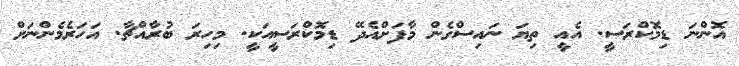
އޮންނަ ޑިމޮކްރަސީ. އެއީ ތިޔަ ނައިސްގެން މާފަށްއެދޭ ޑިމޮކްރަސީއަކީ. މިހިރަ ބުރާއްޗާ. އަހަރެމެންނަށް